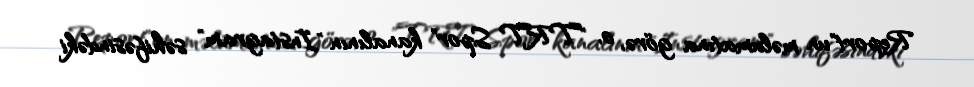
Report"un məlumatına görə, o, "TRT Spor" kanalının "Instagram" səhifəsindəki